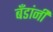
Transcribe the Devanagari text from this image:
बँडांनी